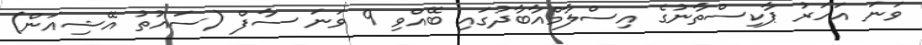
ވަނަ އަހަރު ޕާކިސްތާނުގެ އިސްލާމްއާބާދުގައި ބޭއްވި 9 ވަނަ ސާފް (ސައުތު އޭޝިއަން)